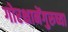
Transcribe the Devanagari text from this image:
गोरक्षानेंगुरुच्या